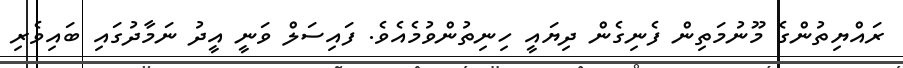
ރައްޔިތުންގެ މޫނުމަތިން ފެނިގެން ދިޔައީ ހިނިތުންވުމެއެވެ. ފައިސަލް ވަނީ އީދު ނަމާދުގައި ބައިވެރި